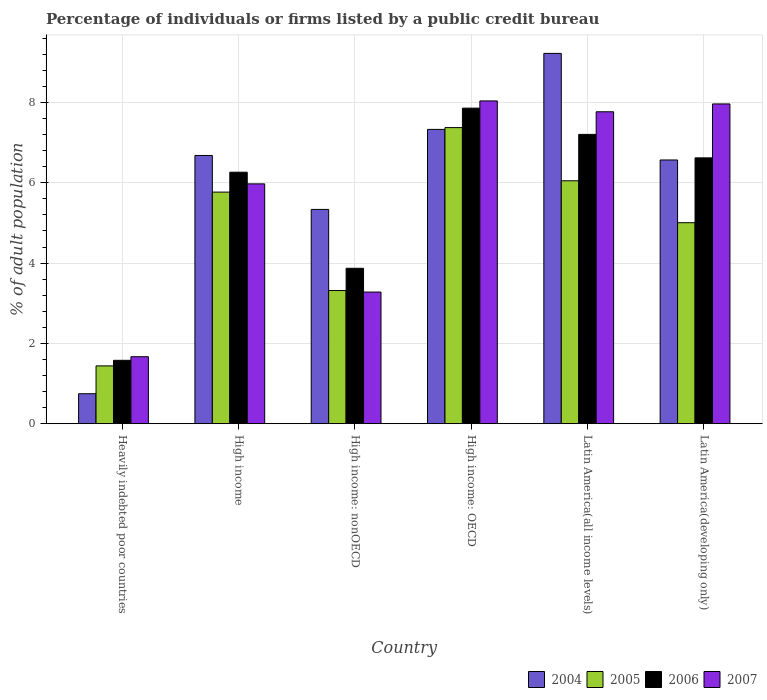
| Country | 2004 | 2005 | 2006 | 2007 |
 | --- | --- | --- | --- | --- |
 | Heavily indebted poor countries | 0.747 | 1.44 | 1.58 | 1.67 |
 | High income | 6.68 | 5.77 | 6.26 | 5.97 |
 | High income: nonOECD | 5.34 | 3.32 | 3.87 | 3.28 |
 | High income: OECD | 7.33 | 7.37 | 7.86 | 8.04 |
 | Latin America(all income levels) | 9.22 | 6.05 | 7.2 | 7.77 |
 | Latin America(developing only) | 6.57 | 5 | 6.62 | 7.96 |